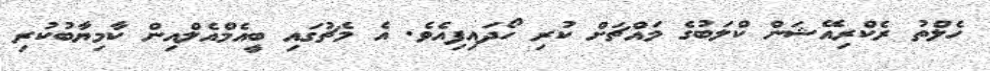
ހެލްތު ރެކްރިއޭޝަން ކްލަބުގެ މައްޗަށް ކުރި ހޯދައިފިއެވެ. އެ މެޗުގައި ބީއެމްއެލްއިން ކާމިޔާބުކުރި